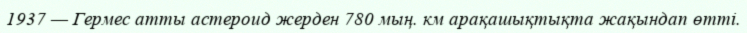
1937 — Гермес атты астероид жерден 780 мың. км арақашықтықта жақындап өтті.